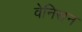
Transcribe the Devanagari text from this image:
वेनिसन